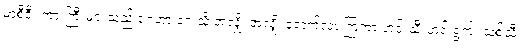
မာစီဒီး ကားကြီးများသည် ဂေဟာ ရှေ့သို့ အလျှို အလျှို ရောက်လာ ကြကာ ဟင်းသီးဟင်းရွက်၊ သစ်သီး၊